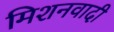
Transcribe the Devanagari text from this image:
मिशनवादी